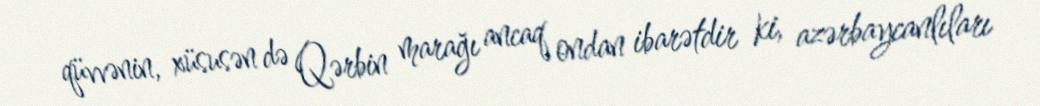
qüvvənin, xüsusən də Qərbin marağı ancaq ondan ibarətdir ki, azərbaycanlıları